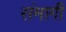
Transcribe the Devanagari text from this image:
संमागी